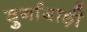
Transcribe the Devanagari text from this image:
दुर्गाबाड़ी